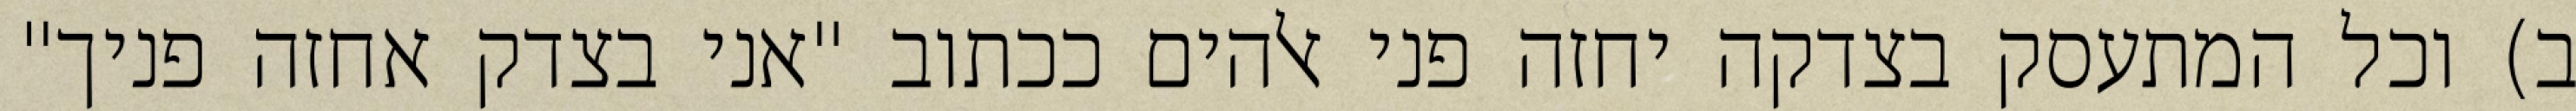
ב) וכל המתעסק בצדקה יחזה פני אלהים ככתוב "אני בצדק אחזה פניך"